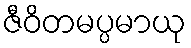
ဇီဝိတမပ္ပမာယု